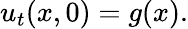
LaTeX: u_{t}(x,0)=g(x).